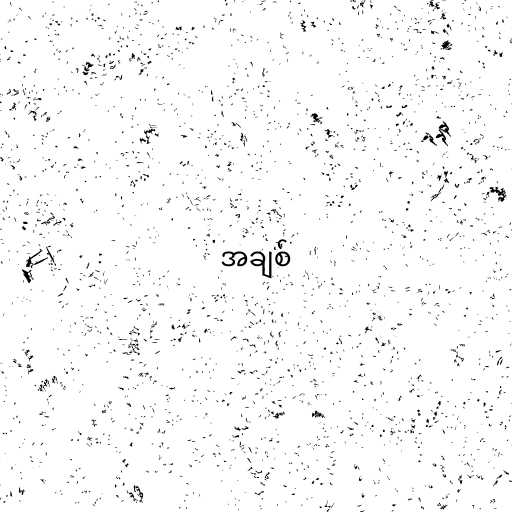
အချစ်